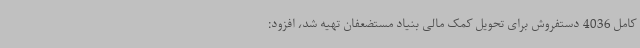
کامل 4036 دستفروش برای تحویل کمک مالی بنیاد مستضعفان تهیه شد، افزود: